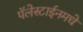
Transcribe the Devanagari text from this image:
पॅलेस्टाईनमधे